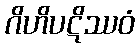
ဂိဟိပဋိဿဝံ